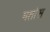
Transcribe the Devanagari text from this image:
मतांस